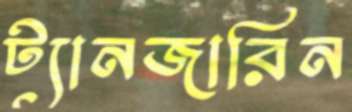
ট্যানজারিন